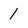
Character: 1